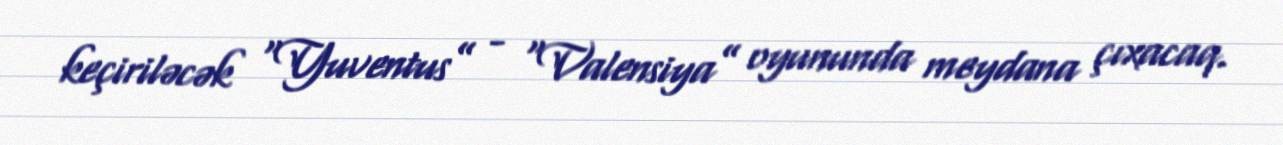
keçiriləcək “Yuventus” - “Valensiya” oyununda meydana çıxacaq.